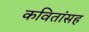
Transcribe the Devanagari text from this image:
कवितांसह